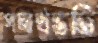
পদার্থভর্তি